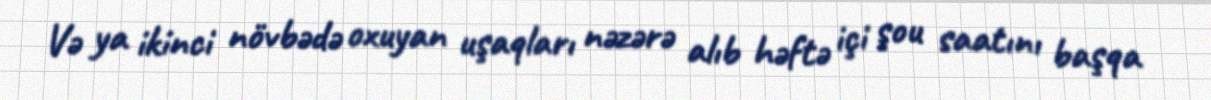
Və ya ikinci növbədə oxuyan uşaqları nəzərə alıb həftə içi şou saatını başqa